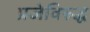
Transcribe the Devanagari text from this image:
प्रजेविरुद्ध